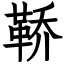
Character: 鞒